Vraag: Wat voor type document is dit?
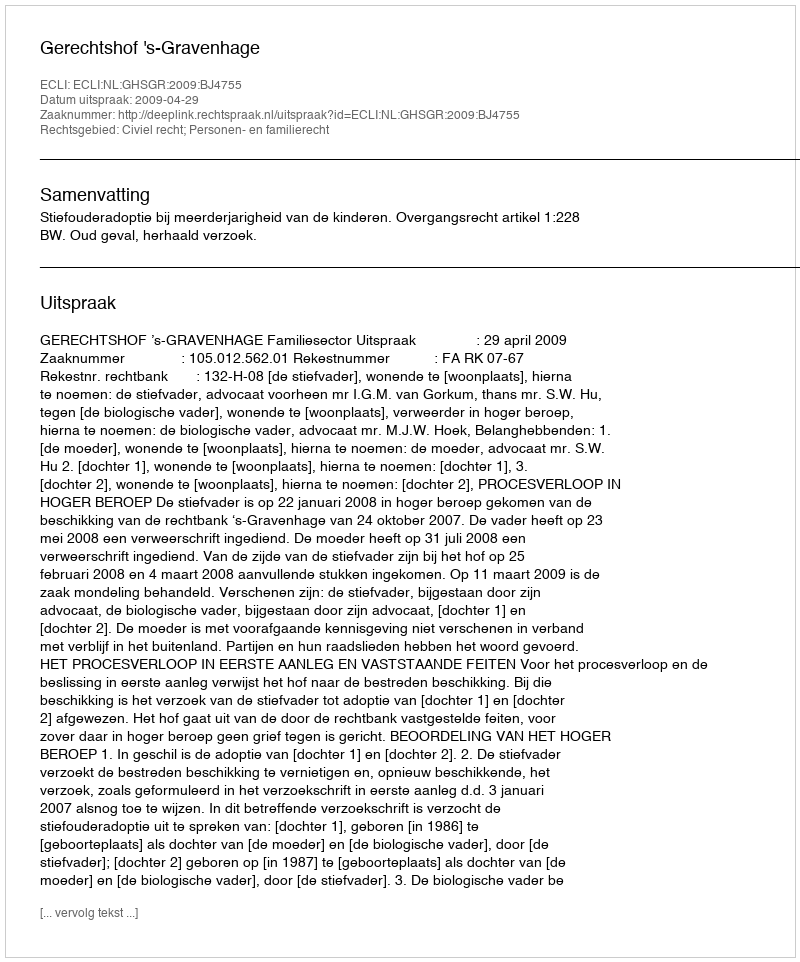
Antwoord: Uitspraak